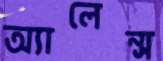
অ্যালেন্স